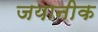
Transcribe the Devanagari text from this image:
जयानीक